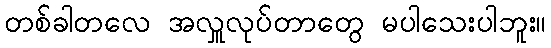
တစ်ခါတလေ အလှူလုပ်တာတွေ မပါသေးပါဘူး။